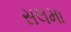
સલમા